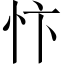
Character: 忭